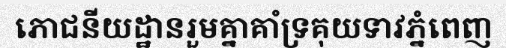
ភោជនីយដ្ឋានរួមគ្នាគាំទ្រគុយទាវភ្នំពេញ